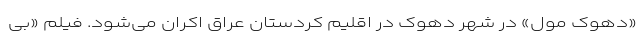
«دهوک مول» در شهر دهوک در اقلیم کردستان عراق اکران می‌شود. فیلم «بی